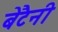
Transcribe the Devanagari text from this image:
बेटैनी